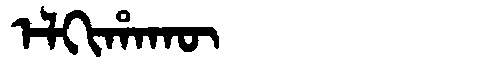
Manchu: ᡝᠯᡴᡳᡥᠠᡴᡡ
Romanization: ELKIHAKŪ